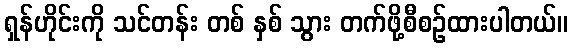
ရှန်ဟိုင်းကို သင်တန်း တစ် နှစ် သွား တက်ဖို့စီစဉ်ထားပါတယ်။